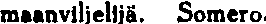
maanviljelijä. Somero.